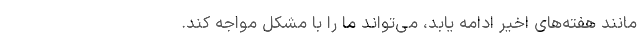
مانند هفته‌های اخیر ادامه یابد، می‌تواند ما را با مشکل مواجه کند.